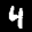
Label: 4